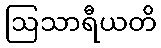
ဩသာရီယတိ